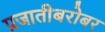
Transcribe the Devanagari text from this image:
प्रजातीबरोबर